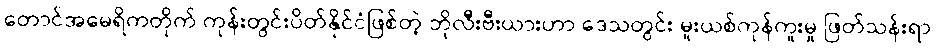
တောင်အမေရိကတိုက် ကုန်းတွင်းပိတ်နိုင်ငံဖြစ်တဲ့ ဘိုလီးဗီးယားဟာ ဒေသတွင်း မူးယစ်ကုန်ကူးမှု ဖြတ်သန်းရာ